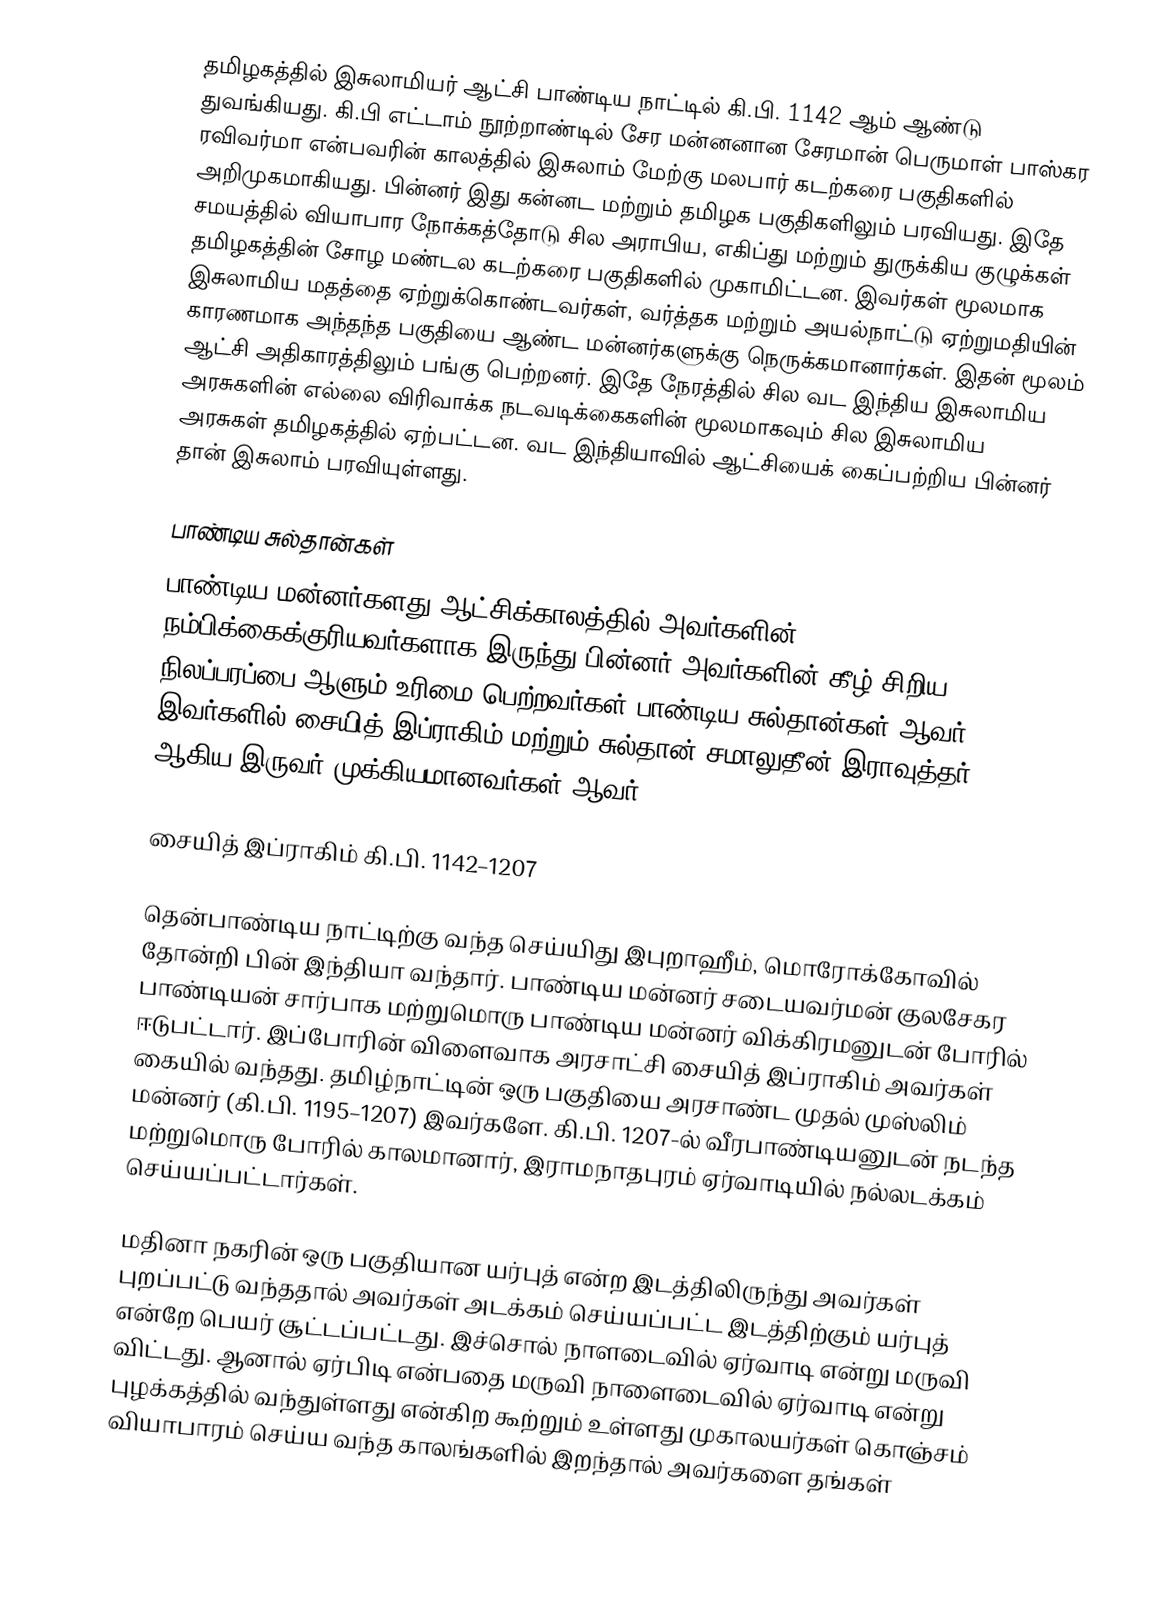
தமிழகத்தில் இசுலாமியர் ஆட்சி பாண்டிய நாட்டில் கி.பி. 1142 ஆம் ஆண்டு துவங்கியது. கி.பி எட்டாம் நூற்றாண்டில் சேர மன்னனான சேரமான் பெருமாள் பாஸ்கர ரவிவர்மா என்பவரின் காலத்தில் இசுலாம் மேற்கு மலபார் கடற்கரை பகுதிகளில் அறிமுகமாகியது. பின்னர் இது கன்னட மற்றும் தமிழக பகுதிகளிலும் பரவியது. இதே சமயத்தில் வியாபார நோக்கத்தோடு சில அராபிய, எகிப்து மற்றும் துருக்கிய குழுக்கள் தமிழகத்தின் சோழ மண்டல கடற்கரை பகுதிகளில் முகாமிட்டன. இவர்கள் மூலமாக இசுலாமிய மதத்தை ஏற்றுக்கொண்டவர்கள், வர்த்தக மற்றும் அயல்நாட்டு ஏற்றுமதியின் காரணமாக அந்தந்த பகுதியை ஆண்ட மன்னர்களுக்கு நெருக்கமானார்கள். இதன் மூலம் ஆட்சி அதிகாரத்திலும் பங்கு பெற்றனர். இதே நேரத்தில் சில வட இந்திய இசுலாமிய அரசுகளின் எல்லை விரிவாக்க நடவடிக்கைகளின் மூலமாகவும் சில இசுலாமிய அரசுகள் தமிழகத்தில் ஏற்பட்டன. வட இந்தியாவில் ஆட்சியைக் கைப்பற்றிய பின்னர் தான் இசுலாம் பரவியுள்ளது.

பாண்டிய சுல்தான்கள்
பாண்டிய மன்னர்களது ஆட்சிக்காலத்தில் அவர்களின் நம்பிக்கைக்குரியவர்களாக இருந்து பின்னர் அவர்களின் கீழ் சிறிய நிலப்பரப்பை ஆளும் உரிமை பெற்றவர்கள் பாண்டிய சுல்தான்கள் ஆவர். இவர்களில் சையித் இப்ராகிம் மற்றும் சுல்தான் சமாலுதீன் இராவுத்தர் ஆகிய இருவர் முக்கியமானவர்கள் ஆவர்.

சையித் இப்ராகிம் கி.பி. 1142–1207

தென்பாண்டிய நாட்டிற்கு வந்த செய்யிது இபுறாஹீம், மொரோக்கோவில் தோன்றி பின் இந்தியா வந்தார். பாண்டிய மன்னர் சடையவர்மன் குலசேகர பாண்டியன் சார்பாக மற்றுமொரு பாண்டிய மன்னர் விக்கிரமனுடன் போரில் ஈடுபட்டார். இப்போரின் விளைவாக அரசாட்சி சையித் இப்ராகிம் அவர்கள் கையில் வந்தது.  தமிழ்நாட்டின் ஒரு பகுதியை அரசாண்ட முதல் முஸ்லிம் மன்னர் (கி.பி. 1195–1207) இவர்களே. கி.பி. 1207-ல் வீரபாண்டியனுடன் நடந்த மற்றுமொரு போரில் காலமானார், இராமநாதபுரம் ஏர்வாடியில் நல்லடக்கம் செய்யப்பட்டார்கள்.

மதினா நகரின் ஒரு பகுதியான யர்புத் என்ற இடத்திலிருந்து அவர்கள் புறப்பட்டு வந்ததால் அவர்கள் அடக்கம் செய்யப்பட்ட இடத்திற்கும் யர்புத் என்றே பெயர் சூட்டப்பட்டது.  இச்சொல் நாளடைவில் ஏர்வாடி என்று மருவி விட்டது. ஆனால் ஏர்பிடி என்பதை மருவி நாளைடைவில் ஏர்வாடி என்று புழக்கத்தில் வந்துள்ளது என்கிற கூற்றும் உள்ளது முகாலயர்கள் கொஞ்சம் வியாபாரம் செய்ய வந்த காலங்களில் இறந்தால் அவர்களை தங்கள்